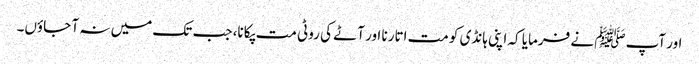
اور آپﷺ نے فرمایا کہ اپنی ہانڈی کو مت اتارنا اور آٹے کی روٹی مت پکانا، جب تک میں نہ آ جاؤں۔